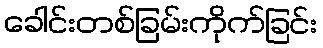
ခေါင်းတစ်ခြမ်းကိုက်ခြင်း